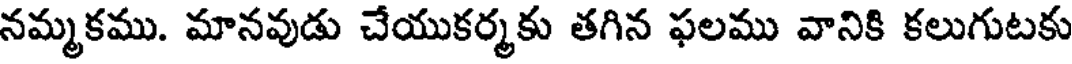
నమ్మకము. మానవుడు చేయుకర్మకు తగిన ఫలము వానికి కలుగుటకు